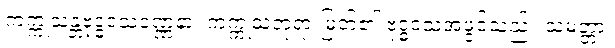
ကက္ကုသန္တဗုဒ္ဓဝံသဝဏ္ဏနာ၊ ကက္ကုသံဘုရားမြတ်၏ ဗုဒ္ဓဝံသအဖွင့်သည်။ သမတ္တာ၊